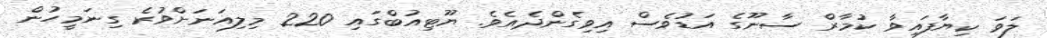
ލަވަ ކިޔާފައިވާ ކުމާރް ސާނޫގެ އަޑުވެސް އިވިގެންދެއެވެ. ޔޫޓިއުބްގައި 220 މިލިއަނަށްވުރެ ގިނަމީހުން